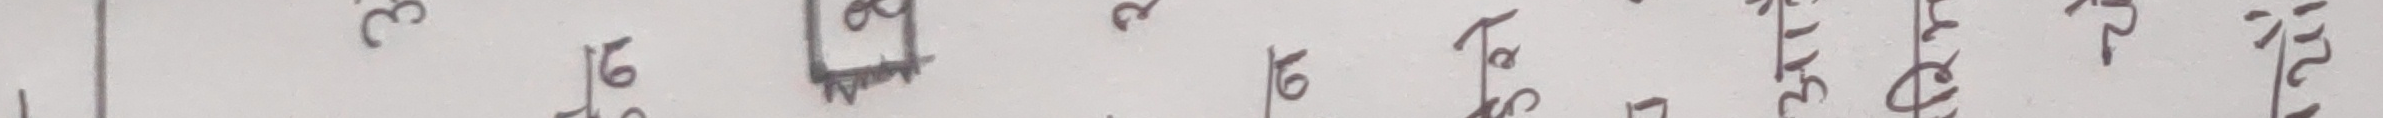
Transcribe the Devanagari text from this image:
गर्न नि